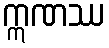
ဣဏဿ